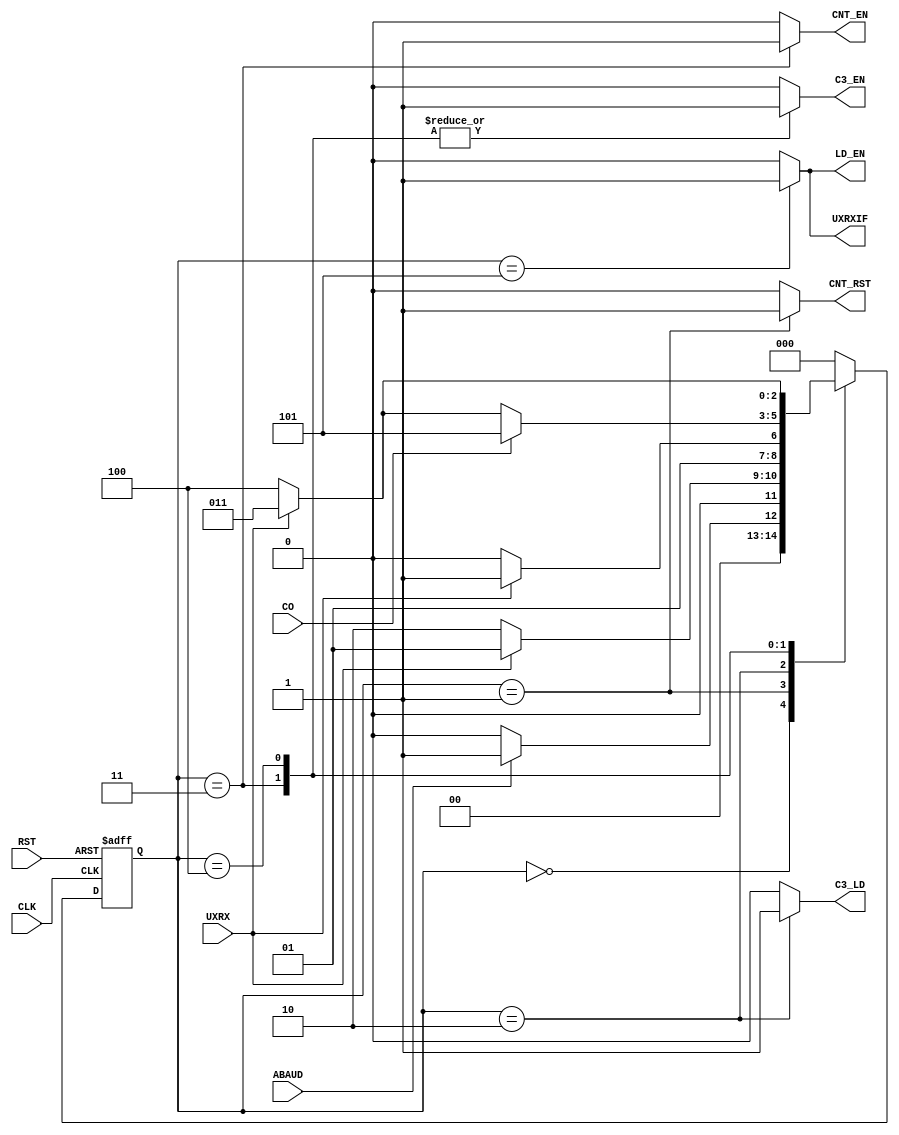
`timescale 1ns/1ns
module controller(input CLK, RST, UXRX, ABAUD, CO, output reg UXRXIF, LD_EN, CNT_EN, CNT_RST, C3_LD, C3_EN);
	parameter [2:0] idle = 3'b000, init = 3'b001, set = 3'b010, high_edge = 3'b011, low_edge = 3'b100, halt = 3'b101;
	reg [2:0] ps, ns;
	always @(ps, ABAUD, UXRX, CO) begin
		ns = 3'b000;
		{UXRXIF, CNT_RST, C3_LD, CNT_EN, C3_EN, LD_EN} = 6'b000000;
		case(ps)
			idle: begin UXRXIF = 1'b0; ns = ABAUD ? init : idle; end
			init: begin CNT_RST = 1'b1; ns = UXRX ? init : set; end
			set: begin C3_LD = 1'b1; ns = UXRX ? high_edge : set; end
			high_edge: begin CNT_EN = 1'b1; C3_EN = 1'b1; ns = CO ? halt : UXRX ? high_edge : low_edge; end
			low_edge: begin C3_EN = 1'b1; ns = UXRX ? high_edge : low_edge; end
			halt: begin LD_EN = 1'b1; UXRXIF = 1'b1; ns = idle; end //nmd ABAUD 0 SHE YA NA
		endcase 
	end
	always @(posedge CLK, posedge RST) begin
		if (RST)
			ps <= idle;
		else
			ps <= ns;
	end
endmodule

module cnt3b (input clk, en, ld, input [2:0]inp, output reg [2:0]out, output co);
	always @(posedge clk) begin
		if (ld)
			out <= inp;
		else if (en)
			out <= out + 1;
	end
	assign co = &{out, ~ld};
endmodule

module reg8b (input clk, rst, en, input [7:0] inp, output reg [7:0] out);
	always@ (posedge clk, posedge rst) begin
		if (rst) 
			out <= 8'b00000000;
		else if (en)
			out <= inp;
	end
endmodule

module cnt8b (input clk, en, rst, output reg [7:0] out, output co);
	always @(posedge clk, posedge rst) begin
		if (rst)
			out <= 8'b00000000; //aval 7bit
        	else if (en)
			out <= out + 1;
     	end
    	assign co = &{out, ~rst}; //aval rst ndsh
endmodule

module datapath(input clk, ld_en, cnt_en, cnt_rst, c3_ld, c3_en, UXRX, output co3, output [7:0] N);
	wire co8;
	wire [7:0] cnt8;
	wire [2:0] cnt3;
	cnt8b BRG_Counter(clk, cnt_en, cnt_rst, cnt8, co8); 
	reg8b BRG_Reg(clk, 1'b0, ld_en, cnt8, N); 
	cnt3b counter(UXRX, c3_en, c3_ld, 3'b011, cnt3, co3);
endmodule